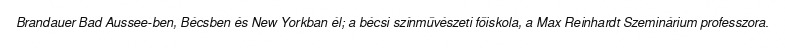
Brandauer Bad Aussee-ben, Bécsben és New Yorkban él; a bécsi színművészeti főiskola, a Max Reinhardt Szeminárium professzora.